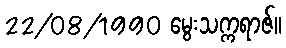
22/08/1990 မွေးသက္ကရာဇ်။